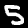
Digit: 5